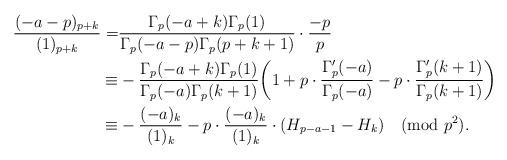
LaTeX: \begin{align*}\frac{(-a-p)_{p+k}}{(1)_{p+k}}=&\frac{\Gamma_p(-a+k)\Gamma_p(1)}{\Gamma_p(-a-p)\Gamma_p(p+k+1)}\cdot\frac{-p}{p}\\\equiv&-\frac{\Gamma_p(-a+k)\Gamma_p(1)}{\Gamma_p(-a)\Gamma_p(k+1)}\bigg(1+p\cdot\frac{\Gamma_p'(-a)}{\Gamma_p(-a)}-p\cdot\frac{\Gamma_p'(k+1)}{\Gamma_p(k+1)}\bigg)\\\equiv&-\frac{(-a)_k}{(1)_k}-p\cdot\frac{(-a)_k}{(1)_k}\cdot(H_{p-a-1}-H_k)\pmod{p^2}.\end{align*}